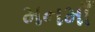
મનમાઁ